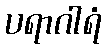
ပရာဂါရံ